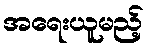
အရေးယူမည့်